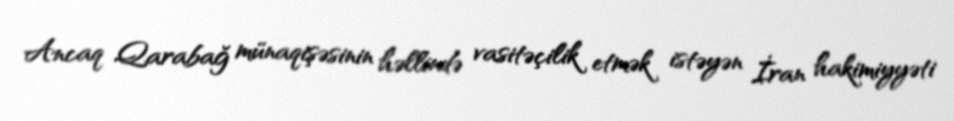
Ancaq Qarabağ münaqişəsinin həllində vasitəçilik etmək istəyən İran hakimiyyəti